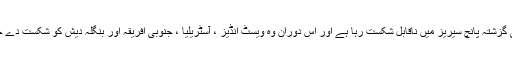
انڈیا اپنی گزشتہ پانچ سیریز میں ناقابل شکست رہا ہے اور اس دوران وہ ویسٹ انڈیز ، آسٹریلیا ، جنوبی افریقہ اور بنگلہ دیش کو شکست دے چکا ہے۔